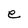
Character: e